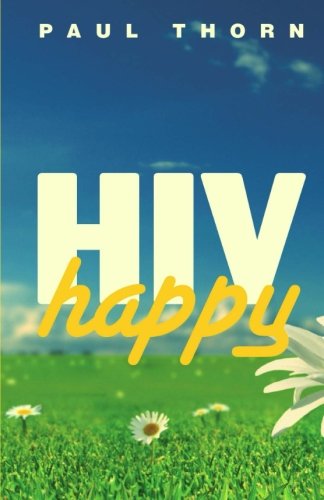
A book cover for HIV Happy; Mr Paul Thorn; Health, Fitness & Dieting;